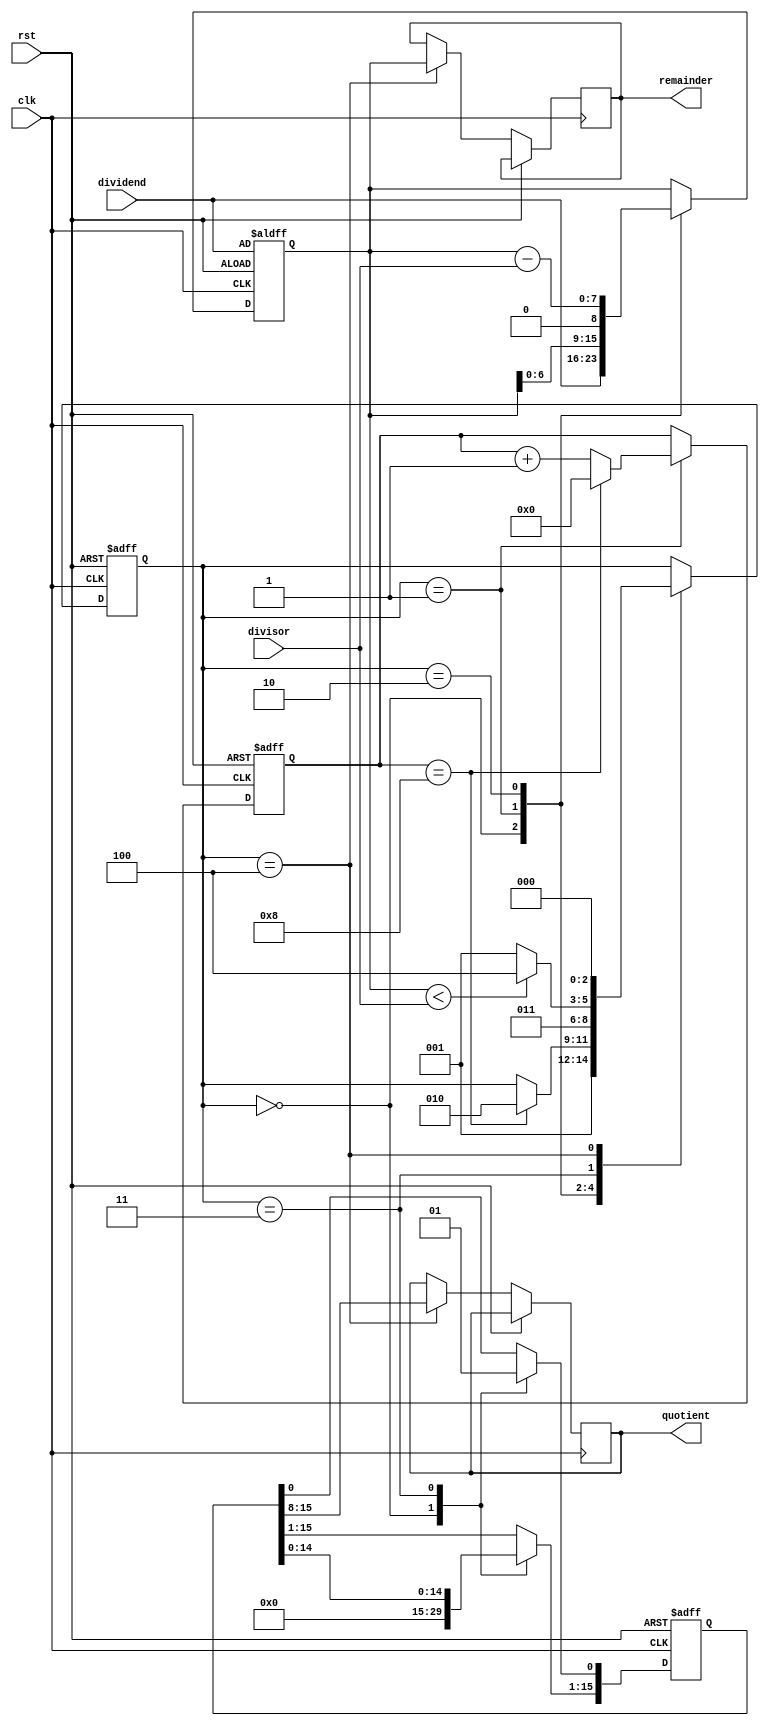
module shift_and_subtract_divider (
    input wire clk,         // Clock input
    input wire rst,         // Reset input
    input wire [7:0] dividend,   // Dividend input
    input wire [7:0] divisor,    // Divisor input
    output wire [7:0] quotient,  // Quotient output
    output wire [7:0] remainder  // Remainder output
);

reg [15:0] partial_quotient;    // Partial quotient register
reg [7:0] current_remainder;    // Current remainder register
reg [2:0] state;                // State register
reg [3:0] shift_count;          // Shift count register

always @(posedge clk or posedge rst) begin
    if (rst) begin
        // Reset registers
        partial_quotient <= 16'h0000;
        current_remainder <= dividend;
        state <= 3'b000;
        shift_count <= 4'b0000;
    end else begin
        case (state)
            3'b000: begin
                // Start division operation
                current_remainder <= dividend;
                partial_quotient <= 16'h0000;
                state <= 3'b001;
            end
            3'b001: begin
                // Shift current remainder
                current_remainder <= current_remainder << 1;
                shift_count <= shift_count + 1;
                if (shift_count == 4'b1000) begin
                    shift_count <= 4'b0000;
                    state <= 3'b010;
                end
            end
            3'b010: begin
                // Subtract divisor from current remainder
                current_remainder <= current_remainder - divisor;
                state <= 3'b011;
            end
            3'b011: begin
                // Update partial quotient
                partial_quotient <= partial_quotient << 1;
                partial_quotient[0] <= 1'b1;
                if (current_remainder < divisor) begin
                    state <= 3'b100;
                end else begin
                    state <= 3'b001;
                end
            end
            3'b100: begin
                // Final quotient obtained
                quotient <= partial_quotient[15:8];
                remainder <= current_remainder;
                state <= 3'b000;
            end
        endcase
    end
end

endmodule